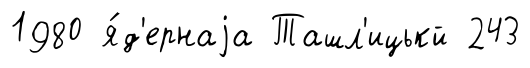
1980 я́д'ернаjа Ташл'ицькй 243